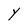
Character: Y